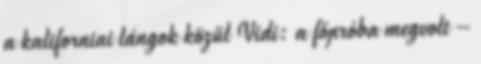
a kaliforniai lángok közül Vidi: a főpróba megvolt –